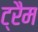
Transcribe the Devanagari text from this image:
ट्रैम